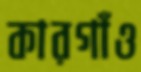
কারগাঁও